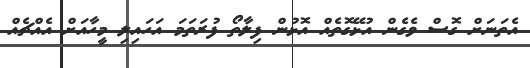
އެތަނަށް ގޮސް ވެގެން އުޅޭގޮތެއް އޮޅުން ފިލާތޯ ފުރަތަމަ އަހައިލި މީހާއަށް އެއްޗެއް